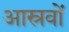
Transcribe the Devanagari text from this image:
आस्रवों